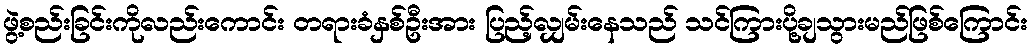
ဖွဲ့စည်းခြင်းကိုလည်းကောင်း တရားခံနှစ်ဦးအား ပြည့်လျှမ်းနေသည် သင်ကြားပို့ချသွားမည်ဖြစ်ကြောင်း